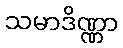
သမာဒိဏ္ဏာ